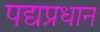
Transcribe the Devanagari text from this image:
पद्यप्रधान